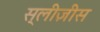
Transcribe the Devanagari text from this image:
स्लीज़ीस